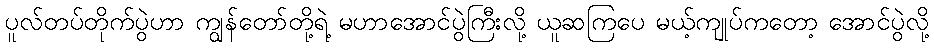
ပူလ်တပ်တိုက်ပွဲဟာ ကျွန်တော်တို့ရဲ့ မဟာအောင်ပွဲကြီးလို့ ယူဆကြပေ မယ့်ကျုပ်ကတော့ အောင်ပွဲလို့